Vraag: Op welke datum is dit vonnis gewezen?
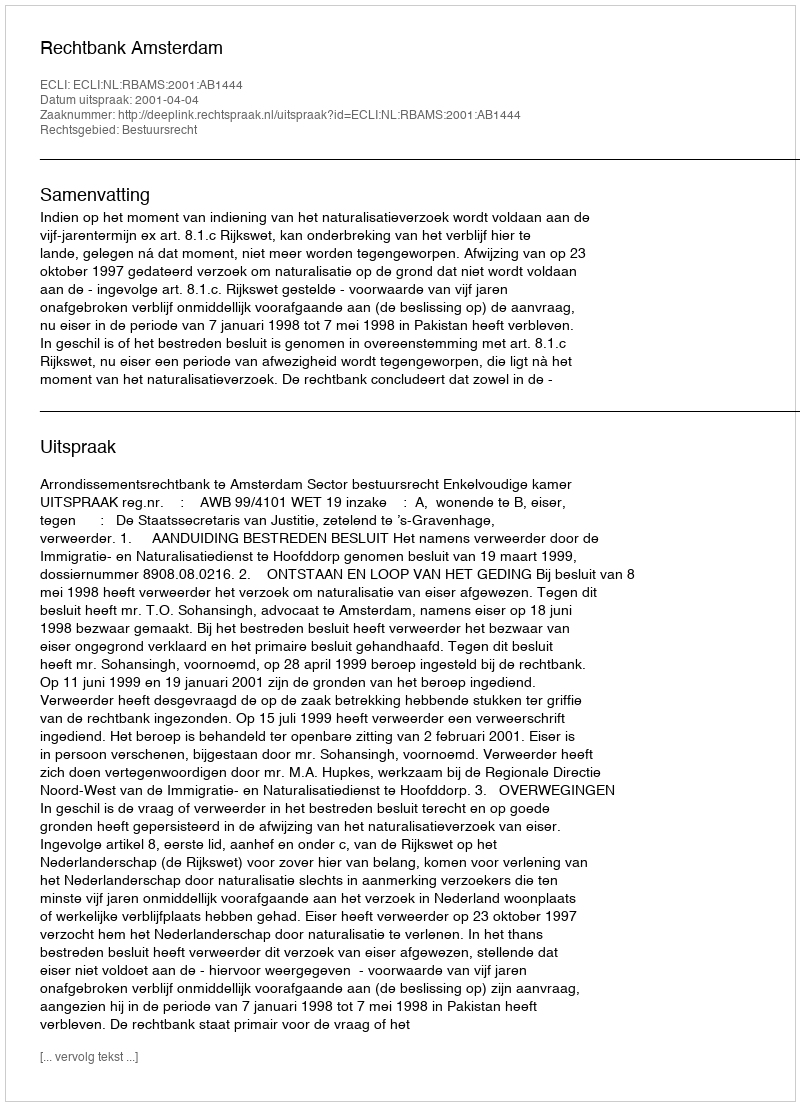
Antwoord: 2001-04-04